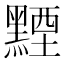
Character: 黫